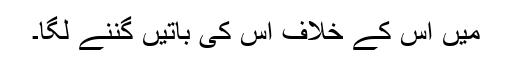
مَیں اس کے خلاف اس کی باتیں گننے لگا۔